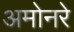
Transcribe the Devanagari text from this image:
अमोनरे